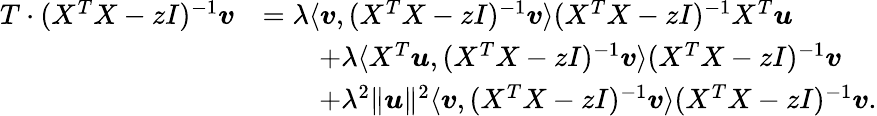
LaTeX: \begin{array}{rl}{T\cdot(X^{T}X-zI)^{-1}{\boldsymbol v}}&{=\lambda\langle{\boldsymbol v},(X^{T}X-zI)^{-1}{\boldsymbol v}\rangle(X^{T}X-zI)^{-1}X^{T}{\boldsymbol u}}\\ &{\qquad+\lambda\langle X^{T}{\boldsymbol u},(X^{T}X-zI)^{-1}{\boldsymbol v}\rangle(X^{T}X-zI)^{-1}{\boldsymbol v}}\\ &{\qquad+\lambda^{2}\| {\boldsymbol u}\| ^{2}\langle{\boldsymbol v},(X^{T}X-zI)^{-1}{\boldsymbol v}\rangle(X^{T}X-zI)^{-1}{\boldsymbol v}.}\end{array}